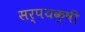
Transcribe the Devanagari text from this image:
सर्पयक्षी